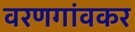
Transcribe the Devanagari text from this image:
वरणगांवकर